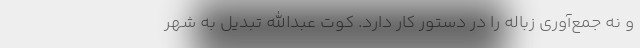
و نه جمع‌آوری زباله را در دستور کار دارد. کوت عبدالله تبدیل به شهر